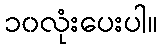
၁၀လုံးပေးပါ။